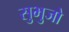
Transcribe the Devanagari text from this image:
सुभुजो